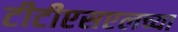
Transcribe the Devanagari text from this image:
टीटीएसएलच्या